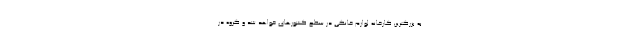
به بزرگترین کارخانه لوازم خانگی در سطح کشورهای خواهد شد و گروه در